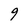
Character: 9